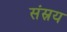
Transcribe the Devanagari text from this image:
संस्रय